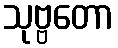
သုဗ္ဗတော